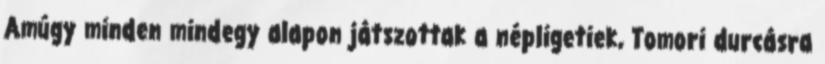
Amúgy minden mindegy alapon játszottak a népligetiek, Tomori durcásra